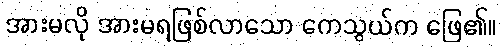
အားမလို အားမရဖြစ်လာသော ကေသွယ်က ဖြေ၏။